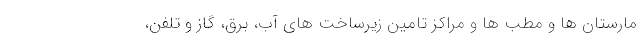
مارستان ها و مطب ها و مراکز تامین زیرساخت های آب، برق، گاز و تلفن،